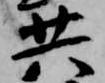
共